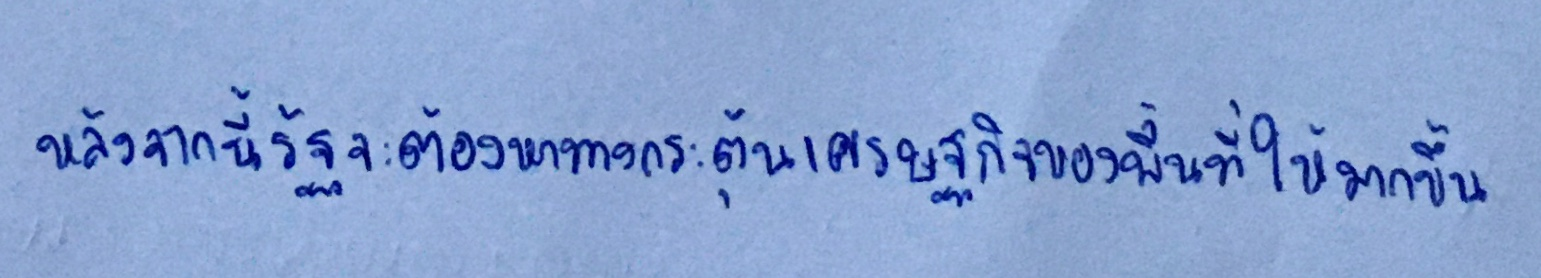
หลังจากนี้รัฐจะต้องหาทางกระตุ้นเศรษฐกิจของพื้นที่ให้มากขึ้น